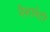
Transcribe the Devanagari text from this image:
नैशावैटी